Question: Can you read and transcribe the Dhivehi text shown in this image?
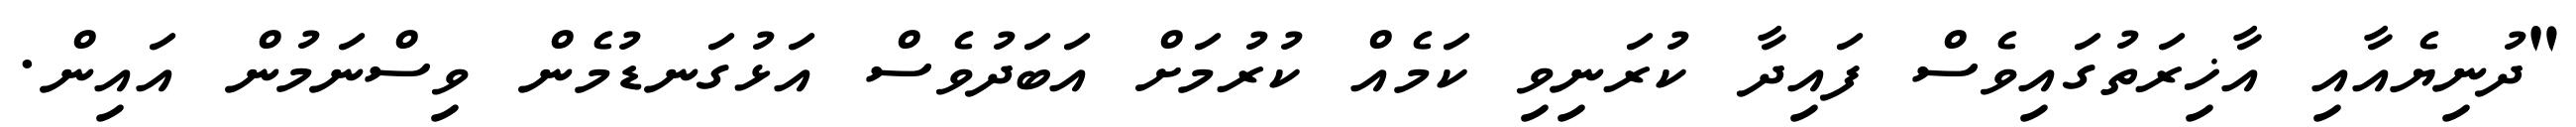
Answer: "ދުނިޔެއާއި އާޚިރަތުގައިވެސް ފައިދާ ކުރަނިވި ކަމެއް ކުރުމަށް އަބަދުވެސް އަޅުގަނޑުމެން ވިސްނަމުން އައިން.